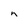
Character: n